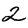
Digit: 2